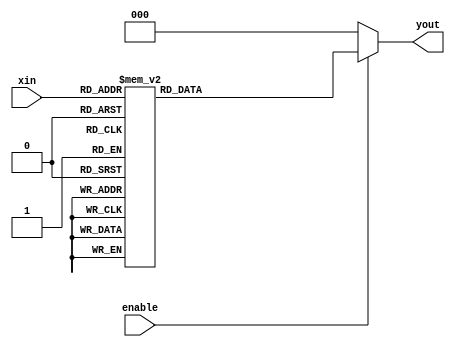
module q1(enable,xin,yout);
input[3:0] xin; 
input enable;
output[2:0] yout;
reg[2:0] yout;
always @(xin or enable)
begin
    if(enable==1)
        case(xin)
            4'b0000,4'b0010,4'b0100,4'b0110,4'b0111,4'b1001,4'b1011:yout=3'b001;
            4'b0001:yout=3'b100;
            4'b0010,4'b0011,4'b0101,4'b1000,4'b1010:yout=3'b010;            
            default:yout=3'b000;
        endcase
    else
        yout=3'b000;
end
endmodule